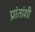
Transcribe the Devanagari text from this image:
प्रांतांशी